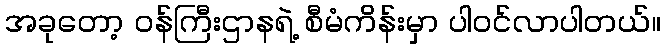
အခုတော့ ဝန်ကြီးဌာနရဲ့ စီမံကိန်းမှာ ပါဝင်လာပါတယ်။